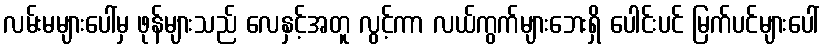
လမ်းမများပေါ်မှ ဖုန်များသည် လေနှင့်အတူ လွင့်ကာ လယ်ကွက်များဘေးရှိ ပေါင်းပင် မြက်ပင်များပေါ်